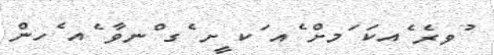
ުވރެ ެއކަ ަމށް ެއ ަކ ީށ ެގ ްނވާ ެއ ެހން